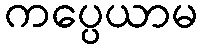
ကပ္ပေယာမ